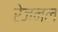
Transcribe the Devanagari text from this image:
रेजनल